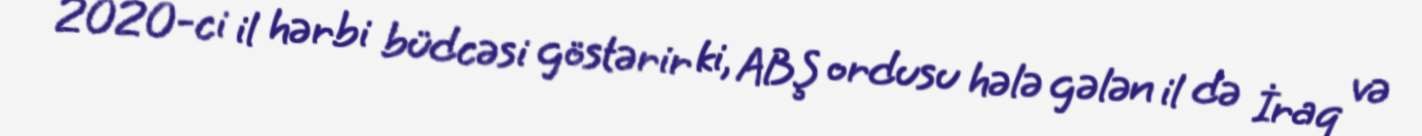
2020-ci il hərbi büdcəsi göstərir ki, ABŞ ordusu hələ gələn il də İraq və